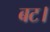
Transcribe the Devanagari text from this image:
बट।